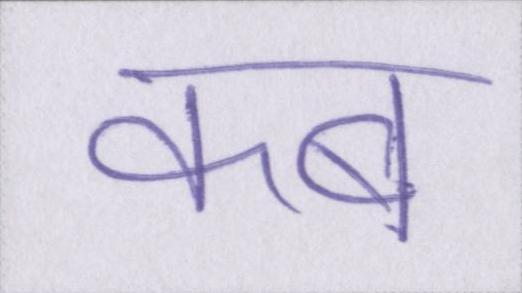
कब